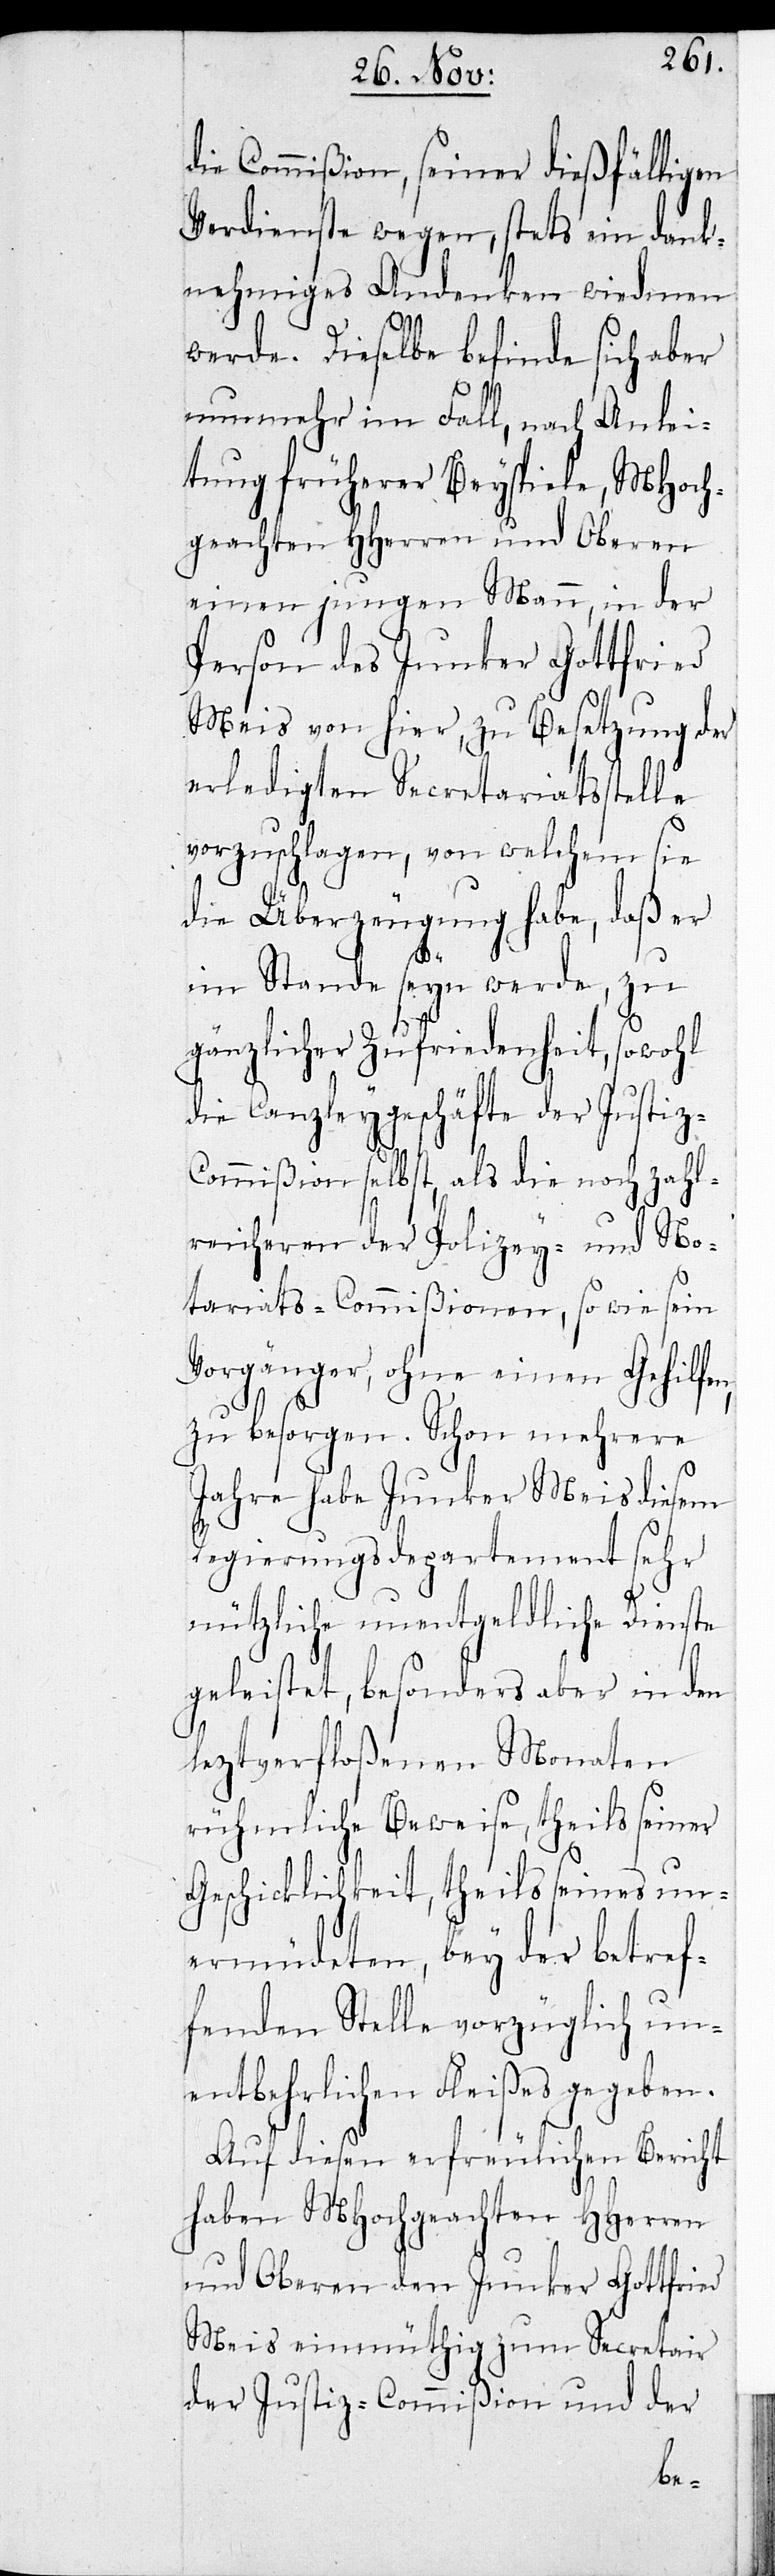
z-C¬
die Commißion, seiner dießfälligen
Verdienste wegen, stets ein dank¬
nehmiges Andenken wiedmen
werde. Dieselbe befinde sich aber
nunmehr im Fall, nach Anlei¬
tung früherer Beyspiele, MHoch¬
geachten HHerren und Oberen
einen jungen Mann, in der
Person des Junker Gottfried
Meis von hier, zu Besetzung der
erledigten Secretariatsstelle
vorzuschlagen, von welchem sie
die Überzeugung habe, daß er
im Stande seyn werde, zu
gänzlicher Zufriedenheit, sowohl
die Canzleygeschäfte der Justi¬
ommißion selbst, als die noch zahl¬
reicheren der Polizey- und No¬
tariats-Commißionen, so wie sein
Vorgänger, ohne einen Gehilfen,
zu besorgen. Schon mehrere
Jahre habe Junker Meis diesem
Regierungsdepartement sehr
nützliche unentgeldliche Dienste
geleistet, besonders aber in den
leztverfloßenen Monaten
rühmliche Beweise, theils seiner
Geschicklichkeit, theils seines un¬
ermüdeten, bey der betref¬
fenden Stelle vorzüglich un¬
entbehrlichen Fleißes gegeben.
Auf diesen erfreulichen Bericht
haben MHochgeachten HHerren
und Oberen den Junker Gottfried
Meis einmüthig zum Secretair
der Justiz-Commißion und der